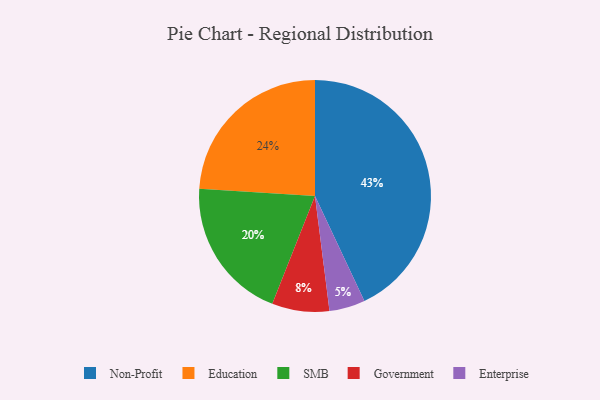
{"axis": {"x": "Category", "y": "Percentage"}, "legend": ["Education", "Enterprise", "Government", "Non-Profit", "SMB"], "data": [{"x": "Education", "y": 24, "type": "Education"}, {"x": "Non-Profit", "y": 43, "type": "Non-Profit"}, {"x": "Enterprise", "y": 5, "type": "Enterprise"}, {"x": "SMB", "y": 20, "type": "SMB"}, {"x": "Government", "y": 8, "type": "Government"}]}